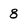
Character: 8